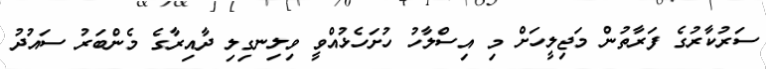
ސަރުކާރުގެ ފަރާތުން މަޖިލީހަށް މި އިސްލާހު ހުށަހެޅުއްވީ ވިލިނގިލި ދާއިރާގެ މެންބަރު ސައުދު